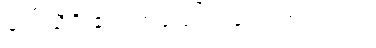
ဒေါ် သီရိ ပြောတဲ့ပုံပြင်ကလေးက ဒါပါပဲ။